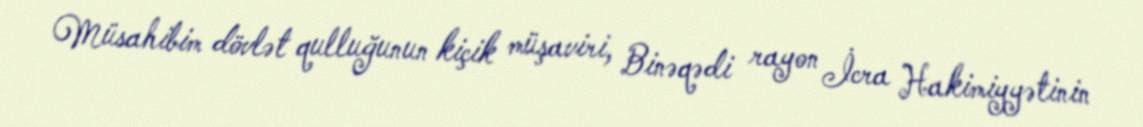
Müsahibim dövlət qulluğunun kiçik müşaviri, Binəqədi rayon İcra Hakimiyyətinin